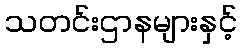
သတင်းဌာနများနှင့်